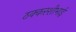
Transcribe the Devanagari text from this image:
ठक्करशीभाई